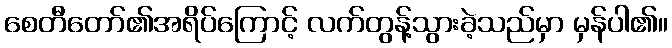
စေတီတော်၏အရိပ်ကြောင့် လက်တွန့်သွားခဲ့သည်မှာ မှန်ပါ၏။